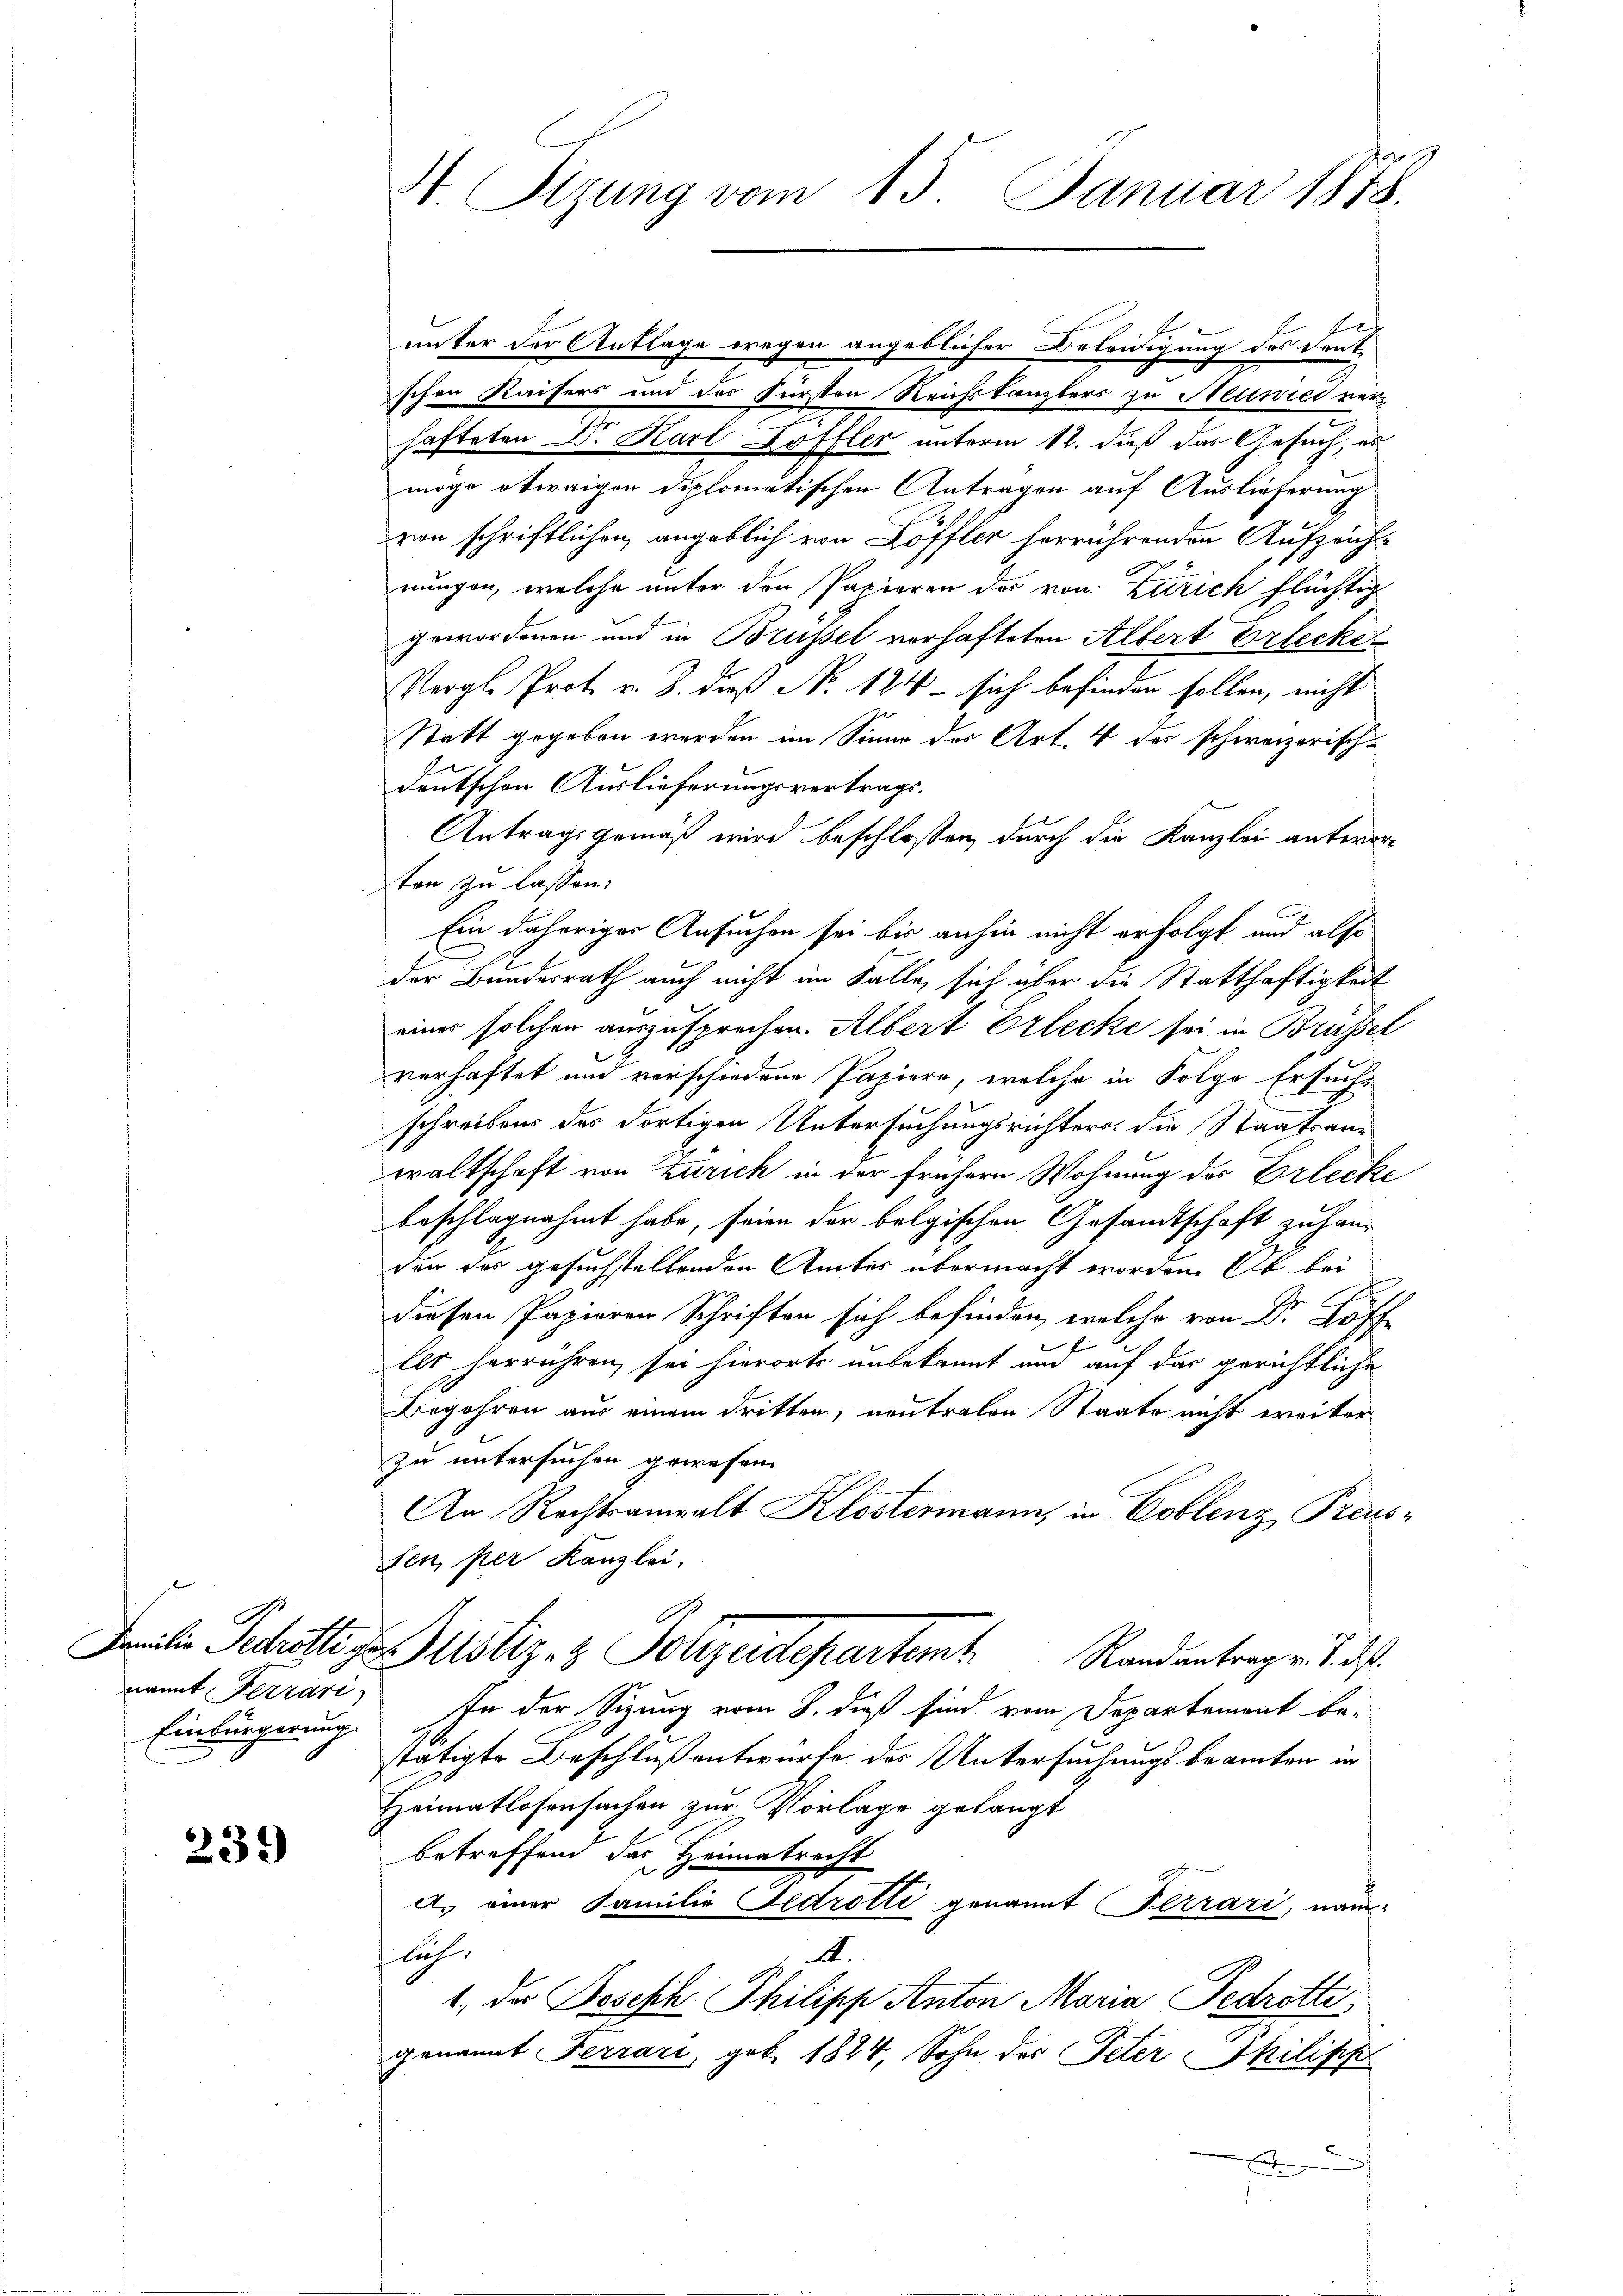
nannt Terrari
Einbürgerung.

239)

19
H. Sitzung vom 13. Januar 1878.

E
unter der Anklage wegen angeblicher Beleidigung des Vent-
schen Kaisers und des Fürsten Reichskanzlers zu Heuwed verhafteten Dr. Karl Loffler unterm 12. dieß das Gesuch, au
mögo etwaigen diplomatischen Antragen auf Auslieferung
von schriftlichen, angeblich von Löffler herrührenden Aufzeich-
nungen, welche unter den Papieren der von Zürich flüchtig
gewordenen und in Brüssel verhafteten Albert Erlecke
Vergl. Prot. v. 3. dieß No 124 - sich befinden sollen, nicht
Statt gegeben werden im Sinne der Art. 4 der schweizerisch-
Deutschen Auslieferungsvertrags.
Antragsgemäß wird beschlossen, durch die Kanzlei antworten zu lassen.
Ein daheriger Ansuchen sei bis anhin nicht erfolgt und also
der Bundesrath auch nicht im Falle, sich über die Statthaftigkeit
eines solchen auszusprechen. Albert Erlecke sei in Brüssel
verhaftet und verschiedene Papiere, welche in Folge Ersuchschreibens des dortigen Untersuchungsrichters, die Staatsanwaltschaft von Zürich in der frühere Wohnung der Erlecke
beschlagnahmt habe, seien der belgischen Gesandtschaft zu handen des gesuchstellenden Amtes übermacht worden. Ob bei
.
lls herrühren, sei hierorts unbekannt und auf das gerichtliche
Begehren aus einem dritten, neutralen Staate nicht weiter
zu untersuchen gewesen.
An Rechtsanwalt Klostermann, in Coblenz, Preus-
sen, per Kanzlei.
Seilen Schottiges ustiz- & Polizeidepartem Randantrage d. d.
In der Sitzung vom 8. dieß sind vom Departement be-
stätigte Beschluß entwurfe der Untersuchungsbeamten in
Heimatlosensachen zur Vorlage gelangt
betreffend das Heimatrecht
A. einer Familie Fedrotti genannt Terrari, nam
A.
lüh.
1., Da Joseph Philipp Anton Maria Pedrotti
genannt Ferrari, geb. 1824, Sohn des Peter Philippe
A